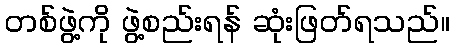
တစ်ဖွဲ့ကို ဖွဲ့စည်းရန် ဆုံးဖြတ်ရသည်။